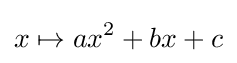
x\mapsto ax^{2}+bx+c